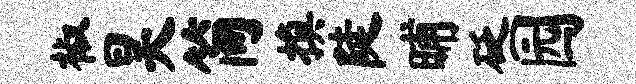
椒昊简换陡晡砭园